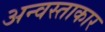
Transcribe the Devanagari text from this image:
अन्वस्ताकार